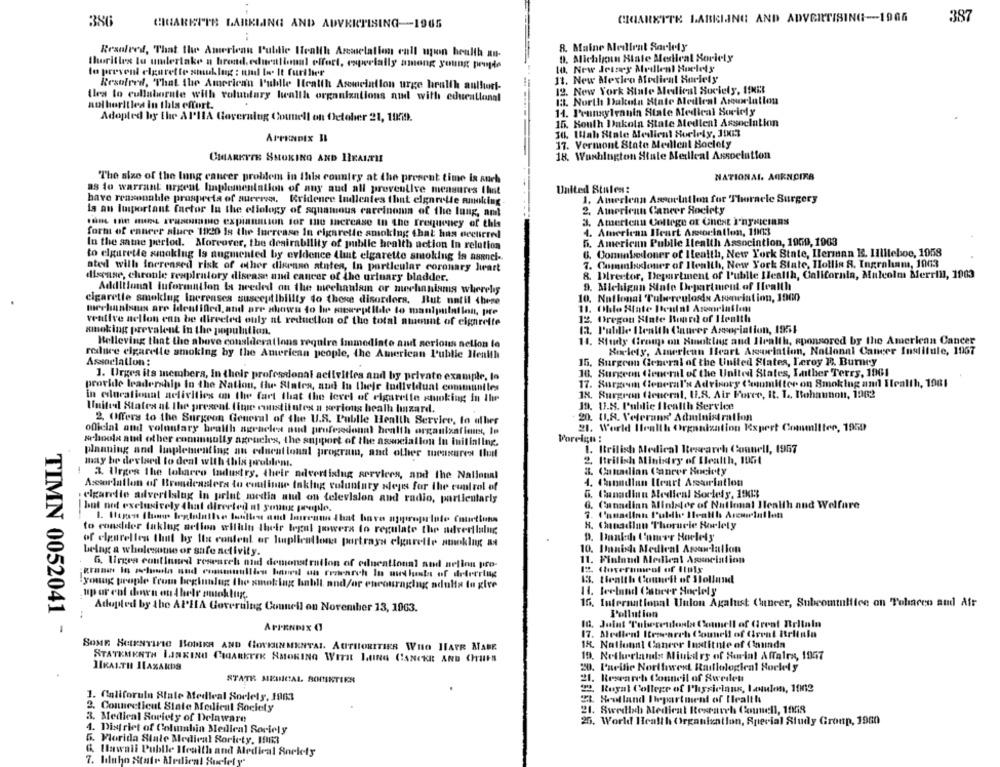
386
CHARIS
'B LARKLING AND ADVERTISING -- 1965
CIGARETTE LABELING AND ADVERTISING-1966
387
Resolved, That the American Public Health Areaelation call upon health an-
8. Maine Medllent Sorlety
9. Michigan Hiate Medical Soriely
thorities lu undertake a brand. educational effort, especially among young ponyde
10. New Jersey Medlent Huelely
to prevent elgurette smuk log : und bo. It further
Resofred, "That the American Fuldle Health Association urge health authori-
11. New Mexico Medient Sorlety
12. New York Stale Medical Society, 19KE
Ura to cullaborate with voluntary hwallh organizations and with educational
13. North Dakota State Medleal Arelation
authorities in this effort.
14. Pennsylvania State Medical Boricly
Adopted by the AI'llA Governing Counell on October 21, 1009.
15. South Dakota State Medlent Association
APPENDIX IL
36. Wah Stale Medient Suelely, 113
17. Vermont State Medical Boelely
CHARETTE SMOKING AND ILEAIAMI
18. Washington State Medical Association
NATIONAL. AORNCIFA
"The size of the lung cancer problem in this country at the present time is auch
as do warrant urgent laplementation of any and all preventive measures Chet
United States:
1. American Association for Thoracle Surgery
have reasonable prospects of sucere. Kridence ludlentes that elgarelle smoking
la an Important factor lu the ellology of squamous carcinoma of the lung, ant
2. American Cancer Society
In the HunEL USOIIINO explanation for the mercase In the frequency of this
3. American College of Gnest I'nyricians
4. American Heart Association, 1903
form of enneer siure 1920 is the Increase In cigarette smoking that has occurred
In the same period. Moreover, the desirabllity of public health action In relation
6. American Publle llealth Association, 1969, 1903
6. Conunkedoner of Health, New York State, Ilerman E. Hilleboe, 1058
to elgurette smoklug Is augmented by evidence (huit elgarette smoking is asunci-
atel will Increased risk of other dierano atates, In particular coronary heart
7. Commlucomer of Health, New York State, Hollis 8. Ingraham, 1003
disease, chronle respiratory disease and cancer of the urinary bladder.
8. Director, Department of l'ublic Health, California, Malcolm Merrill, 1903
Additional information Is needed on the mechanism or mechanisms whereby
9. Michigan State Department of Health
cigarette smoking Increases susceptibility do these disorders, But notil these
10. National Tuberculosds Asunciation, 1900
11. Ohio State Brutal Asomriation
mechanismus are Identified, and are shown to le mewreptilde to manipulation, pre
ventive nellon enn be directed ouly at reduction of the total amount of cigarette
12. Oregon State Board of Health
smoking prevalent In the population.
13. P'ulille Health Qauver Association, 1951
Belleving that the above considerations require immediate and serious nelion ie
11. Study Group on Smoking and Health, sponsored by the American Cancer
reduce cigarette smoking by the American people, the American Public Health
Boclety, American Heart Association, National Cancer Institute, 1957
Association:
15. Surgeon General of the United States, Peroy F. Burney
1. Urges its members, in their professional activities and by private example, lo
18. Surgeon General of the United States, Luther Terry, 1961
17. Surgeon General's Advisory Committee on Smoking and Health, 1981
provide leadership in the Nation, the States, aud In theje Individual communiles
in educationat activities on the fart that the level of cigarette smoking in the
18. Surgeon General, U.S. Air Force, It. 1 ., Bohannon, 1962
19. U.S. Puldie Health Service
United States at The present fique constitutes a serious healh bizard.
2. Offers to the Surgeon General of the U.S. Publle Health Service, to other
20. U.A. Velerand' Administration
21. World Health Organization Iexpert Committee, 1959
oficial and voluntary health agraeles nud profesedonal health organizafinns, le
Voreign :
schools and other conunsully agrueles, the support of the association In initiating.
1. British Medical Research Conwell, 1957
planning and Implementing an educational program, and other measures Iluit
2. Itrilish Minbdry of Health, 1951
1.
may be devised to deal with this problem.
3. Urges the tobacco Industry, their advertising services, and the National
a. Canadian Cancer Society
4. Canadian Icart Asuriatlon
Asesorlation of Broadcasters to coulinw Inklug voluntary slepis for the control of
elgarelle advertising in print media all on television and radio, partientariy
G. Canadian Medical Sorlely, 1903
G. Canadian Alinialer of National Health and Welfare
but not exclusively that directed af young people.
to consider laklug artion wifiin their legal powers to regulate the advertlaluc
8. Chusdlan Thoruele Rorlety
of elgarelles that by Its content or Implications portrays cigarette smoking a
being a wholesome or safe nelivity.
10. Danisha Medical Assolalion
11. Finland Medical Association
6. Urgea continued roseacel nid demonstration of educational and nefinn pro-
13. thealth Counrit of Holland
young prople from beginnlug the smoking habill and/or encouraging adulta tu give
1. leeland Cabeer Noclely
up or ent down on 4 hele entoklug.
16. International Union Agalust Cancer, Subcomtuliice on Tolaren aud Atr
..
Achafiled by the AP'HA Governing Council on November 13, 1963.
Pollution
TIMN 0052041 -
APPENDIX O
10. Joint Pubereule
Connell of Great Britain
17. Medleni Itesearch Council of Great Brlinla
18. National Cancer Institute of (inunda
SOME SCIENTIFIC BORKA AND COCHINMENTAL AUTHORITIES WHO HAPR ATABE
STATEMENTH IJNKING CIGARETTE SMOKING WITH LING CANCKE AND CHIPS
19. Netherlands Miubiry of Burial Affalrx, 1057
JIKALTH ILAXANDS
20. Pacific Nortlarest Radiological Sockel y
STATE MEDICAL
INTERN
21. Research Council of Sweden
2. Royal College of Physicians, lanulen, 1002
1. Califorula State Medieal Sorlely, 1963
EL Reolland Department of Health
2. Connecticut State Medical Society
21. Swedbeh Medical Research Conunell, 1058
3. Medieal Society of Delaware
25. World Health Organization, Special Study Group, 1900
4. District of Columbia Medical Soviely
6. Florida State Medical Soricty, 1983
6. Ilawall Publle Health and Medical Society
7. Idaho State Medical Suelely'